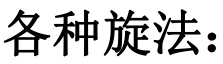
各种旋法：